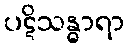
ပဋိသန္ဓာရာ